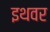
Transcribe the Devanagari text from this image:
इथवर